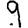
Digit: 9